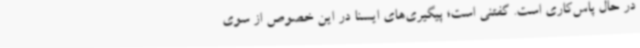
در حال پاس‌کاری است. گفتنی است؛ پیگیری‌های ایسنا در این خصوص از سوی